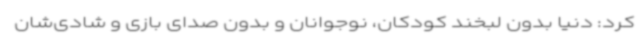
کرد: دنیا بدون لبخند کودکان، نوجوانان و بدون صدای بازی و شادی‌شان